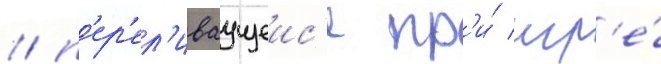
/ п'ер'ел'иваущеис'я пр'и́ игр'е́